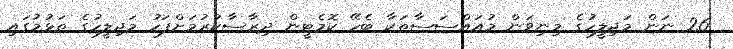
26 ނަން މަޖިލީހުގެ މިނިވަން މުއައްސަސާތަކާ ބެހޭ ކޮމެޓީން ދިރާސާކުރުމަށްފަހު މަޖިލީހުގެ ތަޅުމުގައި